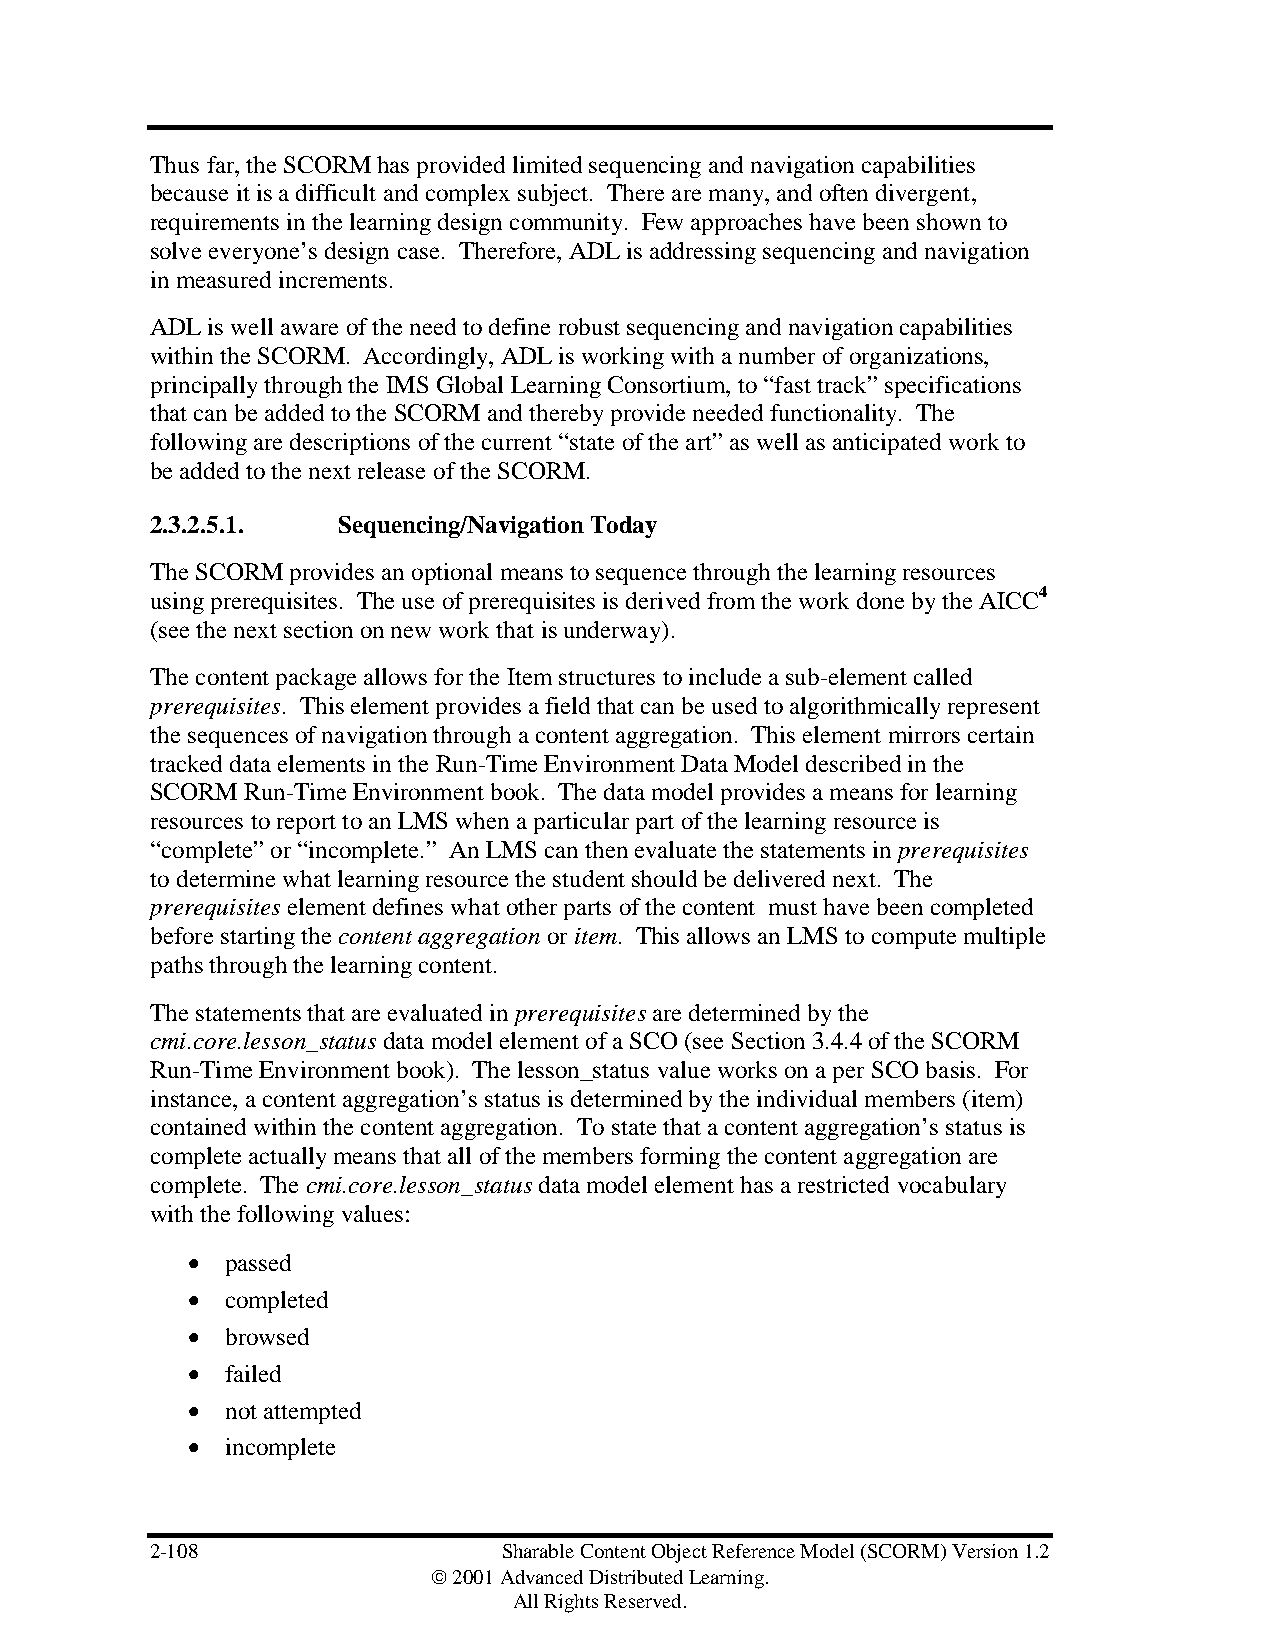
Thus far, the SCORM has provided limited sequencing and navigation capabilities
 because it is a difficult and complex subject. There are many, and often divergent,
 requirements in the learning design community. Few approaches have been shown to
 solve everyone’s design case. Therefore, ADL is addressing sequencing and navigation
 in measured increments.
 ADL is well aware of the need to define robust sequencing and navigation capabilities
 within the SCORM. Accordingly, ADL is working with a number of organizations,
 principally through the IMS Global Learning Consortium, to “fast track” specifications
 that can be added to the SCORM and thereby provide needed functionality. The
 following are descriptions of the current “state of the art” as well as anticipated work to
 be added to the next release of the SCORM.
 2.3.2.5.1.  Sequencing/Navigation Today
 The SCORM provides an optional means to sequence through the learning resources
 using prerequisites. The use of prerequisites is derived from the work done by the AICC4
 (see the next section on new work that is underway).
 The content package allows for the Item structures to include a sub-element called
 prerequisites. This element provides a field that can be used to algorithmically represent
 the sequences of navigation through a content aggregation. This element mirrors certain
 tracked data elements in the Run-Time Environment Data Model described in the
 SCORM Run-Time Environment book. The data model provides a means for learning
 resources to report to an LMS when a particular part of the learning resource is
 “complete” or “incomplete.” An LMS can then evaluate the statements in prerequisites
 to determine what learning resource the student should be delivered next. The
 prerequisites element defines what other parts of the content must have been completed
 before starting the content aggregation or item. This allows an LMS to compute multiple
 paths through the learning content.
 The statements that are evaluated in prerequisites are determined by the
 cmi.core.lesson_status data model element of a SCO (see Section 3.4.4 of the SCORM
 Run-Time Environment book). The lesson_status value works on a per SCO basis. For
 instance, a content aggregation’s status is determined by the individual members (item)
 contained within the content aggregation. To state that a content aggregation’s status is
 complete actually means that all of the members forming the content aggregation are
 complete. The cmi.core.lesson_status data model element has a restricted vocabulary
 with the following values:
 •  passed
 •  completed
 •  browsed
 •  failed
 •  not attempted
 •  incomplete
 2-108                  Sharable Content Object Reference Model (SCORM) Version 1.2
  2001 Advanced Distributed Learning.
 All Rights Reserved.